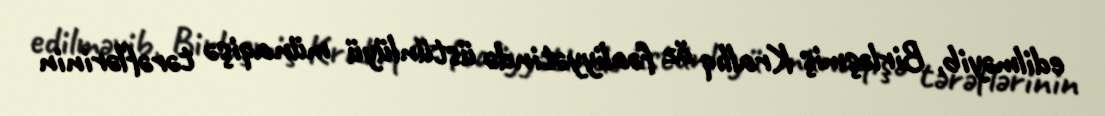
edilməyib, Birləşmiş Krallıq öz fəaliyyətində üstünlüyü münaqişə tərəflərinin